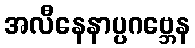
အလီနေနာပ္ပဂဗ္ဘေန